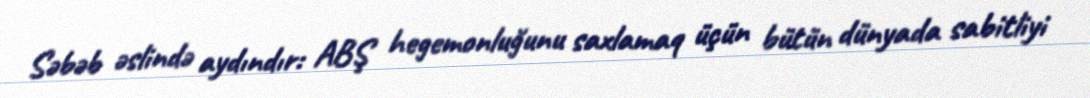
Səbəb əslində aydındır: ABŞ hegemonluğunu saxlamaq üçün bütün dünyada sabitliyi